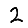
Digit: 2